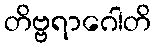
တိဗ္ဗရာဂေါတိ